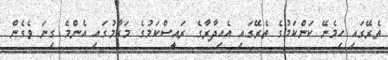
ތެރޭގައި ހިމެނޭ ކަންކަމުގެ ތެރޭގައި އެއިދާރާގެ ރައީސްކަމުގެ މަގާމުގައި އެންމެ ގިނަ ވެގެން